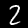
Label: 2